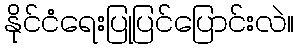
နိုင်ငံရေးပြုပြင်ပြောင်းလဲ။